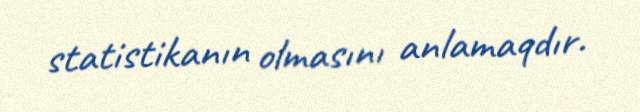
statistikanın olmasını anlamaqdır.